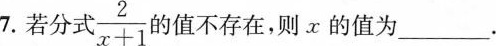
7.若分式$$\frac { 2 } { x + 1 }$$的值不存在，则α的值为___.